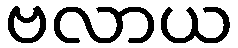
ဗလာယ